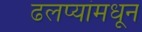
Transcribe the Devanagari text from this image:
ढलप्यांमधून